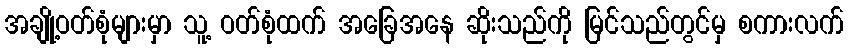
အချို့ဝတ်စုံများမှာ သူ့ ဝတ်စုံထက် အခြေအနေ ဆိုးသည်ကို မြင်သည်တွင်မှ စကားလက်